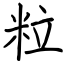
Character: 粒